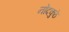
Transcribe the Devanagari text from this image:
नोंदकुठे